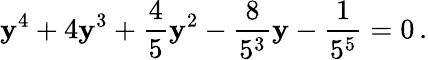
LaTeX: \mathbf{y}^{4}+4\mathbf{y}^{3}+{\frac{{4}}{{5}}}\mathbf{y}^{2}-{\frac{{8}}{{5^{3}}}}\mathbf{y}-{\frac{{1}}{{5^{5}}}}=0\, .